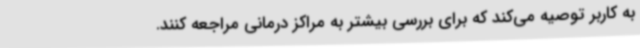
به کاربر توصیه می‌کند که برای بررسی بیشتر به مراکز درمانی مراجعه کنند.